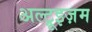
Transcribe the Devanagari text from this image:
अल्ट्रूइज़म